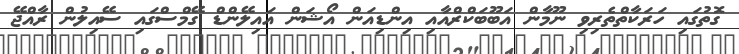
ގޮތުގައި ހަރަކާތްތެރިވި ނޫމާން އަބޫބަކްރްއާއި އިންޑިއަން އޯޝަން އައިލޭންޑް ގޭމްސްގައި ސޭއިލުން ރާއްޖޭ